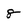
Character: 8